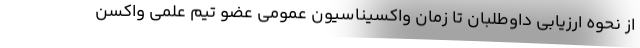
از نحوه ارزیابی داوطلبان تا زمان واکسیناسیون عمومی عضو تیم علمی واکسن